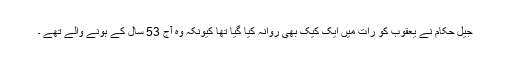
جیل حکام نے یعقوب کو رات میں ایک کیک بھی روانہ کیا گیا تھا کیونکہ وہ آج 53 سال کے ہونے والے تھے ۔